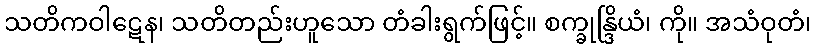
သတိကဝါဋေန၊ သတိတည်းဟူသော တံခါးရွက်ဖြင့်။ စက္ခုန္ဒြိယံ၊ ကို။ အသံဝုတံ၊